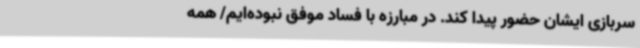
سربازی ایشان حضور پیدا کند. در مبارزه با فساد موفق نبوده‌ایم/ همه